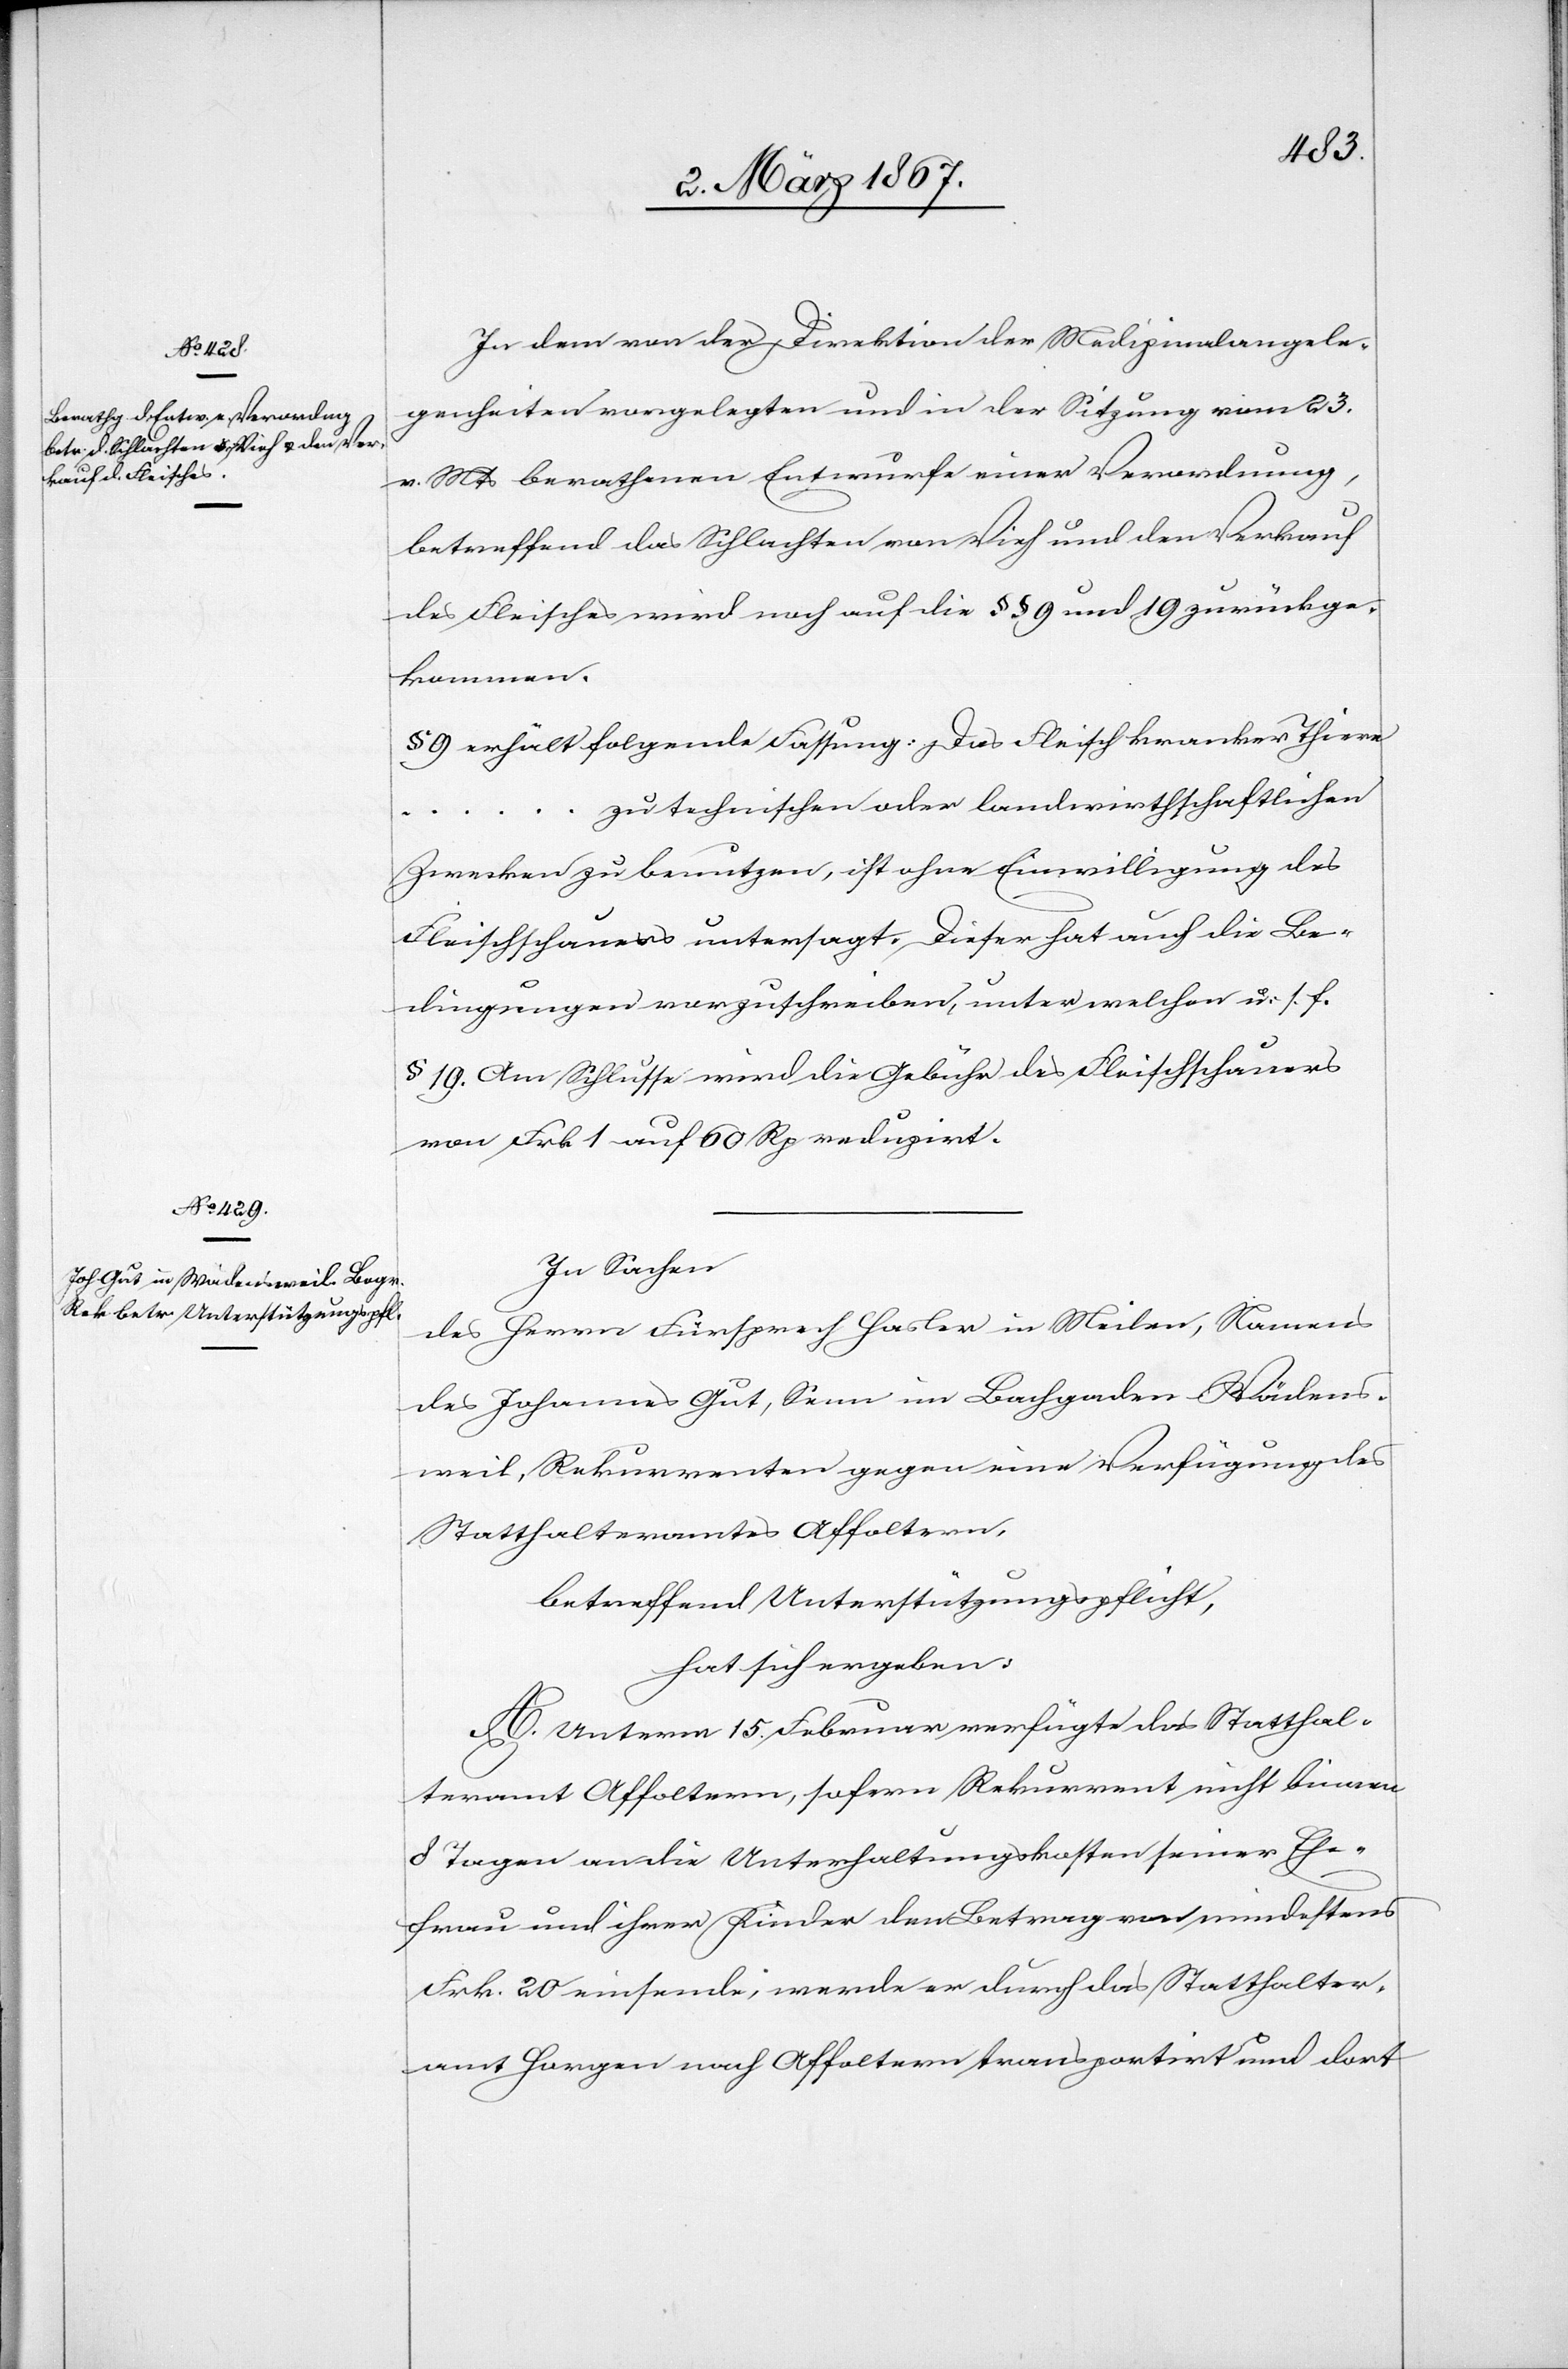
In dem von der Direktion der Medizinalangele¬
genheiten vorgelegten und in der Sitzung vom 23.
v. Mts berathenen Entwurfe einer Verordnung,
betreffend das Schlachten von Vieh und den Verkauf
des Fleisches wird noch auf die §§ 9 und 19 zurückge¬
kommen.
§ 9 erhält folgende Fassung: Das Fleisch kranker Thiere
… zu technischen oder landwirthschaftlichen
Zwecken zu benutzen, ist ohne Einwilligung des
Fleischhauers untersagt. Dieser hat auch die Be¬
dingungen vorzuschreiben, unter welchen u. s. f.
§ 19. Am Schlusse wird die Gebühr des Fleischhauers
von Frk. 1 auf 60 Rp reduzirt.
In Sachen
des Herrn Fürsprech Hasler in Meilen, Namens
des Johannes Gut, Senn im Bachgaden-Wädens¬
weil, Rekurrenten gegen eine Verfügung des
Statthalteramtes Affoltern,
betreffend Unterstützungspflicht,
hat sich ergeben:
A. Unterm 15. Februar verfügte das Statthal¬
teramt Affoltern, sofern Rekurrent nicht binnen
8 Tagen an die Unterhaltungskosten seiner Ehe¬
frau und ihrer Kinder den Betrag von mindestens
Frk. 20 einsende, werde er durch das Statthalter¬
amt Horgen nach Affoltern transportirt und dort